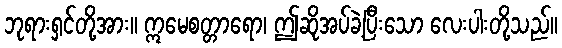
ဘုရားရှင်တို့အား။ ဣမေစတ္တာရော၊ ဤဆိုအပ်ခဲ့ပြီးသော လေးပါးတို့သည်။